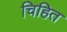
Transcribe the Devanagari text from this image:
चिहित